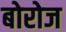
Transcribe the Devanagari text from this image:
बोरोज